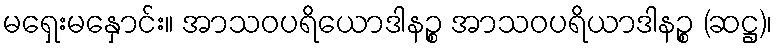
မရှေးမနှောင်း။ အာသဝပရိယောဒါနဉ္စ အာသဝပရိယာဒါနဉ္စ (ဆဋ္ဌ)၊